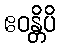
ဧဝန္တိပိ